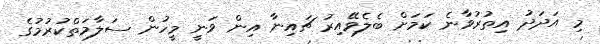
މި އަދަދު އިތުރުވާނެ ކަމަށް ބެލެވޭއިރު ޗައިނާ އިން ވަނީ މީހުން ސަލާމަތްކުރުމުގެ